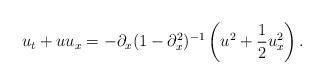
LaTeX: \begin{align*}u_t+uu_x=-\partial_x(1-\partial_x^2)^{-1}\left(u^2+\frac{1}{2}u_x^2\right).\end{align*}